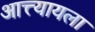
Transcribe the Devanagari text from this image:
आत्त्यायला